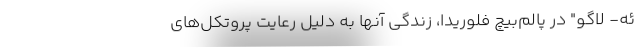
ئه- لاگو" در پالم‌بیچ فلوریدا، زندگی آنها به دلیل رعایت پروتکل‌های